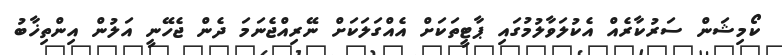
ކޯމިޝަން ސަރުކާރެއް އެކުލަވާލުމުގައި ޕާޓީތަކަށް އެއްގަލަކަށް ނޭރިއްޖެނަމަ ދެން ޖެހޭނީ އަލުން އިންތިޚާބު